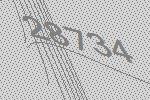
28734